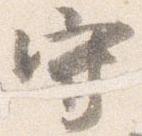
守